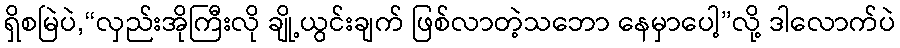
ရှိစမြဲပဲ,“လှည်းအိုကြီးလို ချို့ယွင်းချက် ဖြစ်လာတဲ့သဘော နေမှာပေါ့”လို့ ဒါလောက်ပဲ